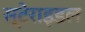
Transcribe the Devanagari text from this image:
स्टेराइडल